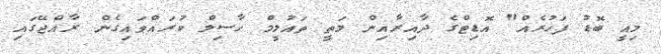
މިއީ ބޮޑު ފަހުރެއް" އޮޑިޓްގެ ދާއިރާއިން މަތީ ތައުލީމް ހާސިލް ކުރައްވައިގެން ރާއްޖޭގައި